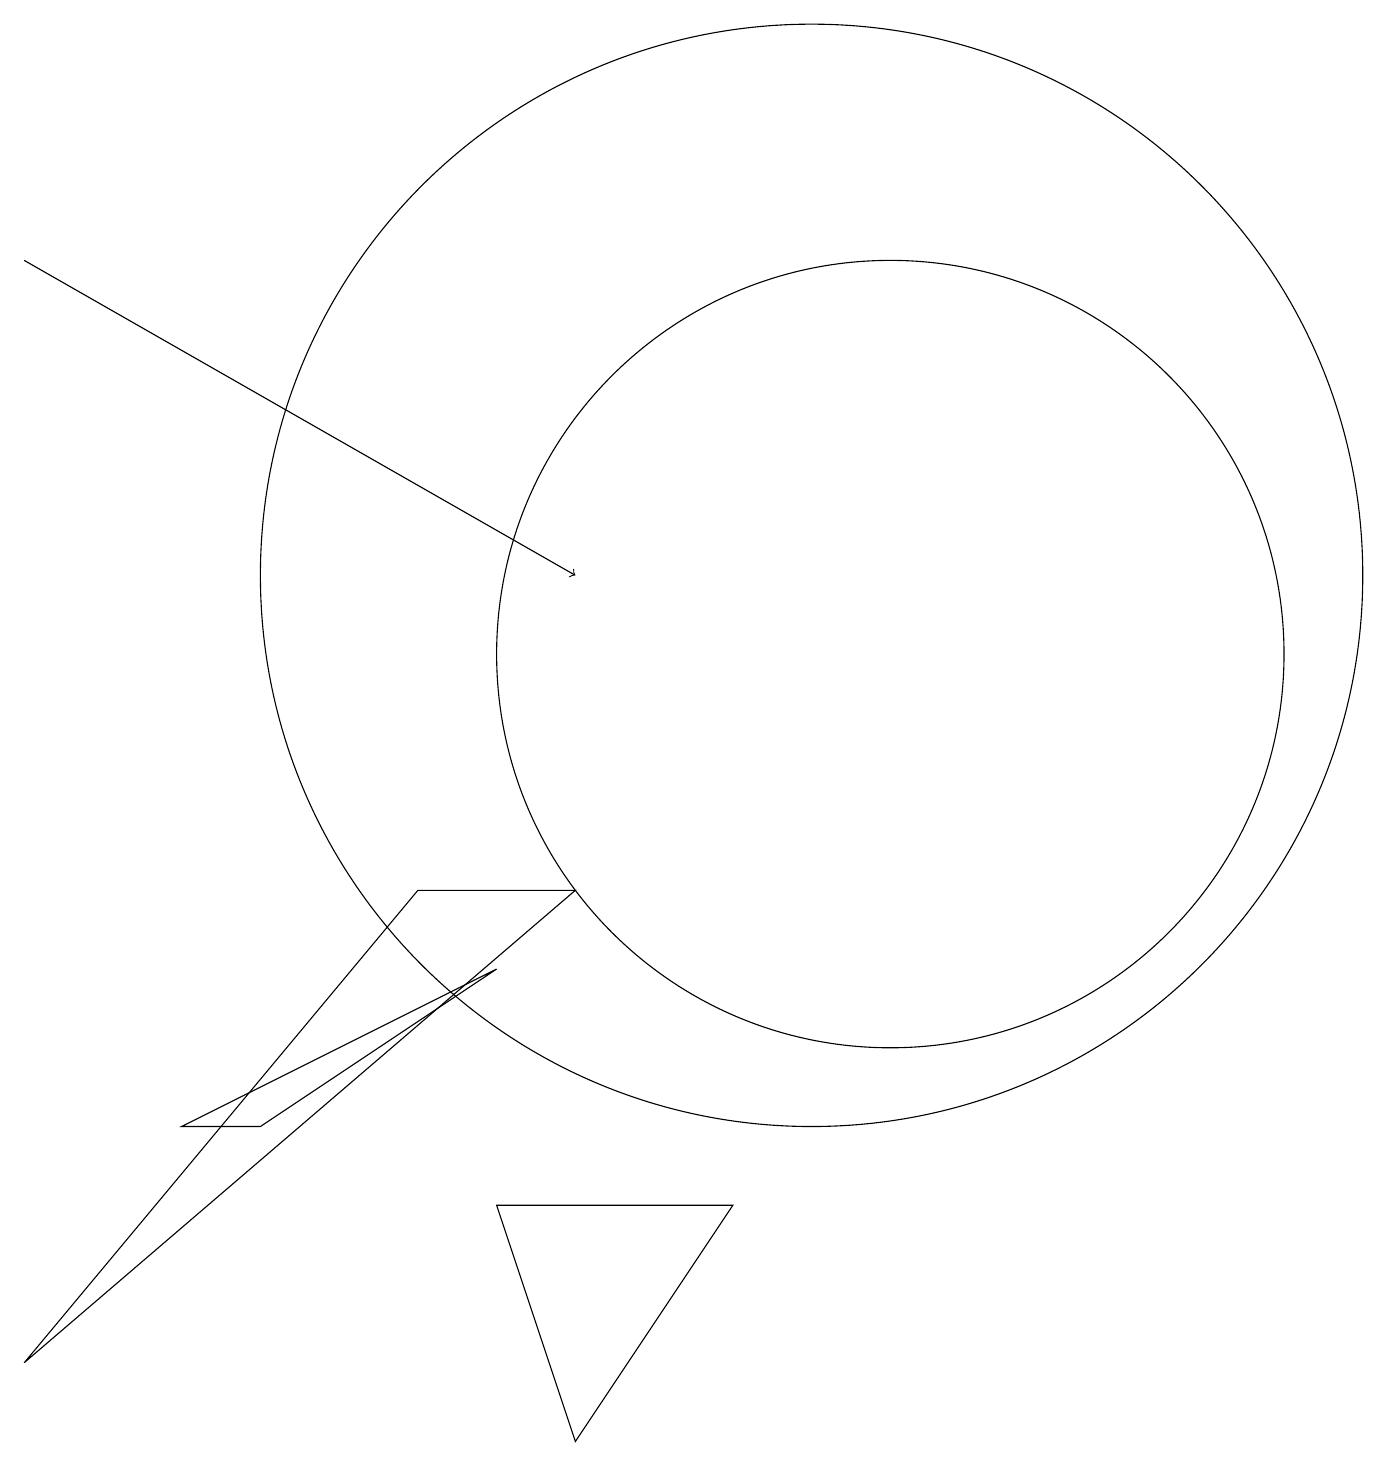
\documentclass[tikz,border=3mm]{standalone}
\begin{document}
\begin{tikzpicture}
\draw (10,11) circle (7);
\draw (7,7) -- (5,7) -- (0,1) -- cycle;
\draw (6,6) -- (2,4) -- (3,4) -- cycle;
\draw (6,3) -- (7,0) -- (9,3) -- cycle;
\draw (11,10) circle (5);
\draw[->] (0,15) -- (7,11);
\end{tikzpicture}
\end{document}